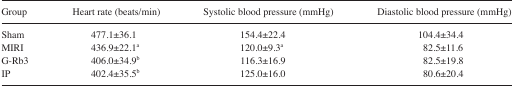
<table><thead><tr><td><b>Group</b></td><td><b>Heart rate (beats/min)</b></td><td><b>Systolic blood pressure (mmHg)</b></td><td><b>Diastolic blood pressure (mmHg)</b></td></tr></thead><tbody><tr><td>Sham</td><td>477.1±36.1</td><td>154.4±22.4</td><td>104.4±34.4</td></tr><tr><td>MIRI</td><td>436.9±22.1a</td><td>120.0±9.3a</td><td>82.5±11.6</td></tr><tr><td>G-Rb3</td><td>406.0±34.9b</td><td>116.3±16.9</td><td>82.5±19.8</td></tr><tr><td>IP</td><td>402.4±35.5b</td><td>125.0±16.0</td><td>80.6±20.4</td></tr></tbody></table>